Civil Veterinary Department Bihar & Orissa reports 1929-36 - 1929-1936
Year: 1929
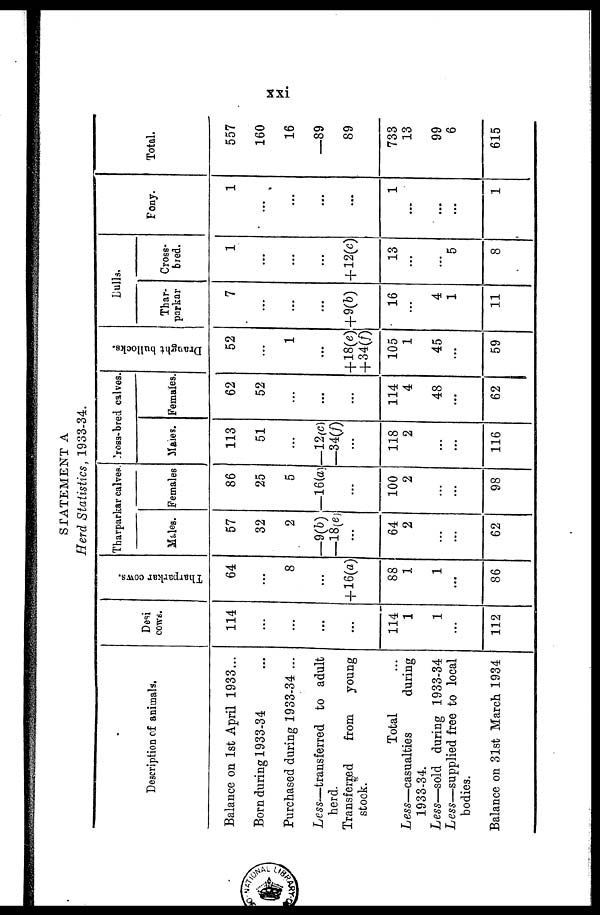
xxi
STATEMENT A
Herd Statistics, 1933-34.
Description of animals.
Balance on 1st April 1933...
Born during 1933-34 ...
Purchased during 1933-34 ...
Less—transferred
to adult
herd.
Transferred
from
young
stock.
Total ...
Less—casualties
during
1933-34.
Less—sold during 1933-34
Less—supplied free to local
bodies.
Balance on 31st March 1934
Desi
cows.
114
...
...
...
...
114
1
1
...
112
Tharparkar cows.
64
...
8
...
+16(a)
88
1
1
...
86
Tharparkar calves.
Males.
57
32
2
-9(b)
...
64
2
...
...
62
Females
86
25
5
—16(a)
...
100
2
...
...
98
Cross-bred
calves.
Males.
113
51
...
—12(c)
—34(f)
...
118
2
...
...
116
Females.
62
52
...
...
...
114
4
48
...
62
Draught bullocks.
52
...
1
...
+18(e)
+34(f)
105
1
45
...
59
Bulls.
Thar-
parkar
7
...
...
...
+9(b)
16
...
4
1
11
Cross-
bred.
1
...
...
...
+12(c)
13
...
...
5
8
Pony.
1
...
...
...
...
1
...
...
...
1
Total.
557
160
16
—89
89
733
13
99
6
615